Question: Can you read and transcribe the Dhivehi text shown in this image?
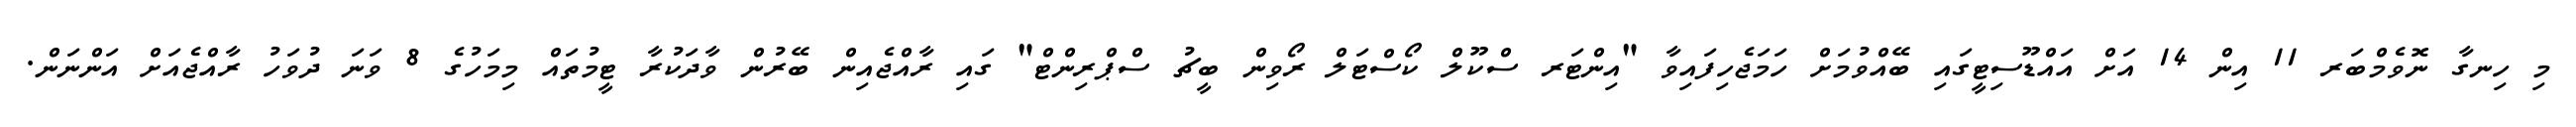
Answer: މި ހިނގާ ނޮވެމްބަރ 11 އިން 14 އަށް އައްޑޫސިޓީގައި ބޭއްވުމަށް ހަމަޖެހިފައިވާ "އިންޓަރ ސްކޫލް ކޯސްޓަލް ރޯވިން ބީޗު ސްޕްރިންޓް" ގައި ރާއްޖެއިން ބޭރުން ވާދަކުރާ ޓީމުތައް މިމަހުގެ 8 ވަނަ ދުވަހު ރާއްޖެއަށް އަންނަން.